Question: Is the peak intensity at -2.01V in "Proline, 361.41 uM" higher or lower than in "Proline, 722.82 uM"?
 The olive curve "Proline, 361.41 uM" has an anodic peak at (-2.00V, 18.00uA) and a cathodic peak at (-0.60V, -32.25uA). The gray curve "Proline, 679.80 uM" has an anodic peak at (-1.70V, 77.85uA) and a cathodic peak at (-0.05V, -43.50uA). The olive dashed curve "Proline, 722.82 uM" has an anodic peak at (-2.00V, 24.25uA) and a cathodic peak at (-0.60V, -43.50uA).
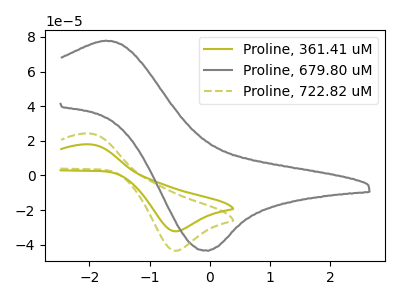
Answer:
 <answer>The peak at -2.01V is lower in "Proline, 361.41 uM" than in "Proline, 722.82 uM".</answer>
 <eval>lower</eval>